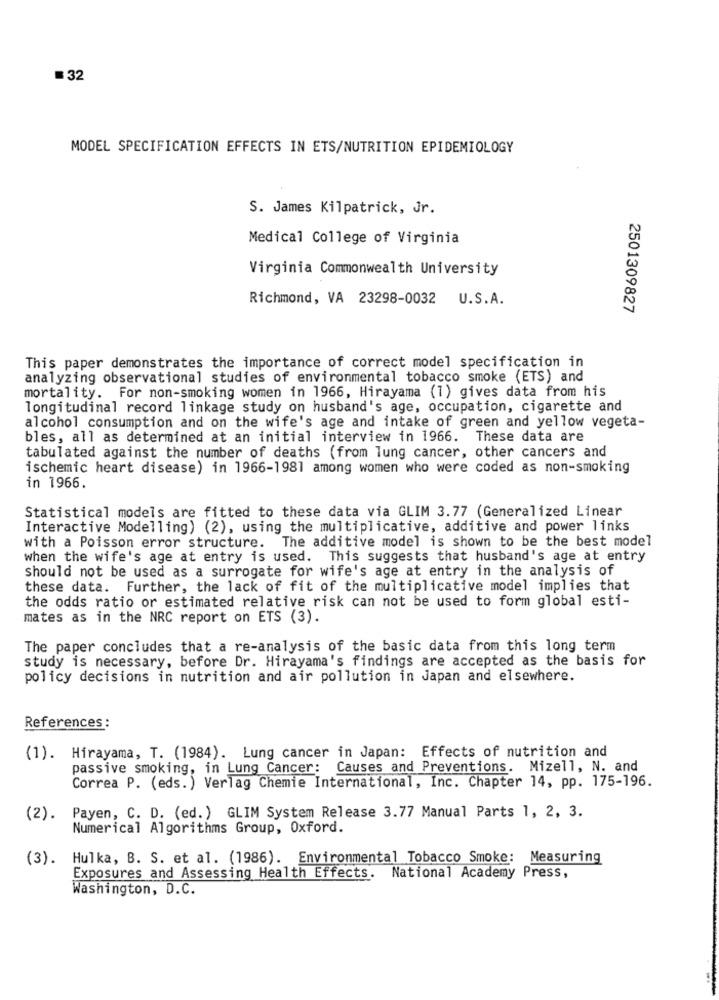
=32
MODEL SPECIFICATION EFFECTS IN ETS/NUTRITION EPIDEMIOLOGY
S. James Kilpatrick, Jr.
Medical College of Virginia
Virginia Commonwealth University
Richmond, VA 23298-0032 U.S.A.
2501309827
This paper demonstrates the importance of correct model specification in
analyzing observational studies of environmental tobacco smoke (ETS) and
mortality. For non-smoking women in 1966, Hirayama (1) gives data from his
longitudinal record linkage study on husband's age, occupation, cigarette and
alcohol consumption and on the wife's age and intake of green and yellow vegeta-
bles, all as determined at an initial interview in 1966. These data are
tabulated against the number of deaths (from lung cancer, other cancers and
ischemic heart disease) in 1966-1981 among women who were coded as non-smoking
in 1966.
Statistical models are fitted to these data via GLIM 3.77 (Generalized Linear
Interactive Modelling) (2), using the multiplicative, additive and power links
with a Poisson error structure. The additive model is shown to be the best model
when the wife's age at entry is used. This suggests that husband's age at entry
should not be used as a surrogate for wife's age at entry in the analysis of
these data. Further, the lack of fit of the multiplicative model implies that
the odds ratio or estimated relative risk can not be used to form global esti-
mates as in the NRC report on ETS (3).
The paper concludes that a re-analysis of the basic data from this long term
study is necessary, before Dr. Hirayama's findings are accepted as the basis for
policy decisions in nutrition and air pollution in Japan and elsewhere.
References:
(1). Hirayama, T. (1984). Lung cancer in Japan: Effects of nutrition and
passive smoking, in Lung Cancer:
Causes and Preventions. Mizell, N. and
Correa P. (eds. ) Verlag Chemie International, Inc. Chapter 14, pp. 175-196.
(2).
Payen, C. D. (ed. ) GLIM System Release 3.77 Manual Parts 1, 2, 3.
Numerical Algorithms Group, Oxford.
(3). Hulka, B. S. et al. (1986). Environmental Tobacco Smoke: Measuring
Exposures and Assessing Health Effects.
National Academy Press,
Washington, D.C.